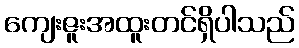
ကျေးဇူးအထူးတင်ရှိပါသည်